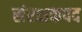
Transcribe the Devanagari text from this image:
संरक्षकपद